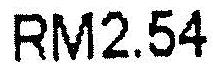
RM2.54